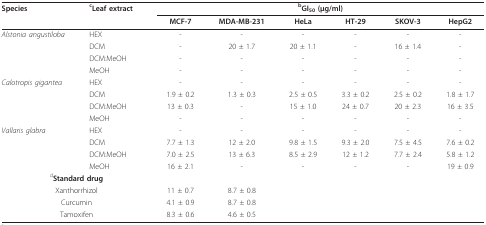
| Species | cLeaf extract | <COLSPAN=6> bGI50 (μg/ml) |
 |  |  | MCF-7 | MDA-MB-231 | HeLa | HT-29 | SKOV-3 | HepG2 |
 | --- | --- | --- | --- | --- | --- | --- | --- |
 | Alstonia angustiloba | HEX | - | - | - | - | - | - |
 |  | DCM | - | 20 ± 1.7 | 20 ± 1.1 | - | 16 ± 1.4 | - |
 |  | DCM:MeOH | - | - | - | - | - | - |
 |  | MeOH | - | - | - | - | - | - |
 | Calotropis gigantea | HEX | - | - | - | - | - | - |
 |  | DCM | 1.9 ± 0.2 | 1.3 ± 0.3 | 2.5 ± 0.5 | 3.3 ± 0.2 | 2.5 ± 0.2 | 1.8 ± 1.7 |
 |  | DCM:MeOH | 13 ± 0.3 | - | 15 ± 1.0 | 24 ± 0.7 | 20 ± 2.3 | 16 ± 3.5 |
 |  | MeOH | - | - | - | - | - | - |
 | Vallaris glabra | HEX | - | - | - | - | - | - |
 |  | DCM | 7.7 ± 1.3 | 12 ± 2.0 | 9.8 ± 1.5 | 9.3 ± 2.0 | 7.5 ± 4.5 | 7.6 ± 0.2 |
 |  | DCM:MeOH | 7.0 ± 2.5 | 13 ± 6.3 | 8.5 ± 2.9 | 12 ± 1.2 | 7.7 ± 2.4 | 5.8 ± 1.2 |
 |  | MeOH | 16 ± 2.1 | - | - | - | - | 19 ± 0.9 |
 | <COLSPAN=2> dStandard drug |  |  |  |  |  |  |
 | <COLSPAN=2> Xanthorrhizol | 11 ± 0.7 | 8.7 ± 0.8 |  |  |  |  |
 | <COLSPAN=2> Curcumin | 4.1 ± 0.9 | 8.7 ± 0.8 |  |  |  |  |
 | <COLSPAN=2> Tamoxifen | 8.3 ± 0.6 | 4.6 ± 0.5 |  |  |  |  |